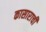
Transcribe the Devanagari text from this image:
कासाराची